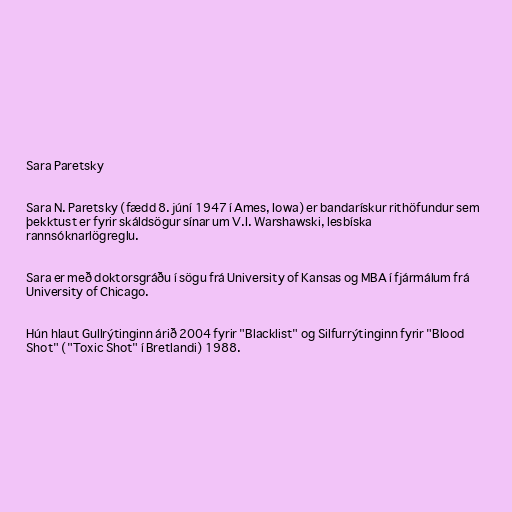
Sara Paretsky

Sara N. Paretsky (fædd 8. júní 1947 í Ames, Iowa) er bandarískur rithöfundur sem
þekktust er fyrir skáldsögur sínar um V.I. Warshawski, lesbíska
rannsóknarlögreglu.

Sara er með doktorsgráðu í sögu frá University of Kansas og MBA í fjármálum frá
University of Chicago.

Hún hlaut Gullrýtinginn árið 2004 fyrir "Blacklist" og Silfurrýtinginn fyrir "Blood
Shot" ("Toxic Shot" í Bretlandi) 1988.